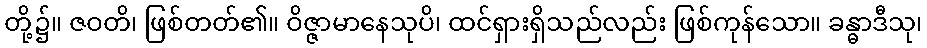
တို့၌။ ဇဝတိ၊ ဖြစ်တတ်၏။ ဝိဇ္ဇာမာနေသုပိ၊ ထင်ရှားရှိသည်လည်း ဖြစ်ကုန်သော။ ခန္ဓာဒီသု၊